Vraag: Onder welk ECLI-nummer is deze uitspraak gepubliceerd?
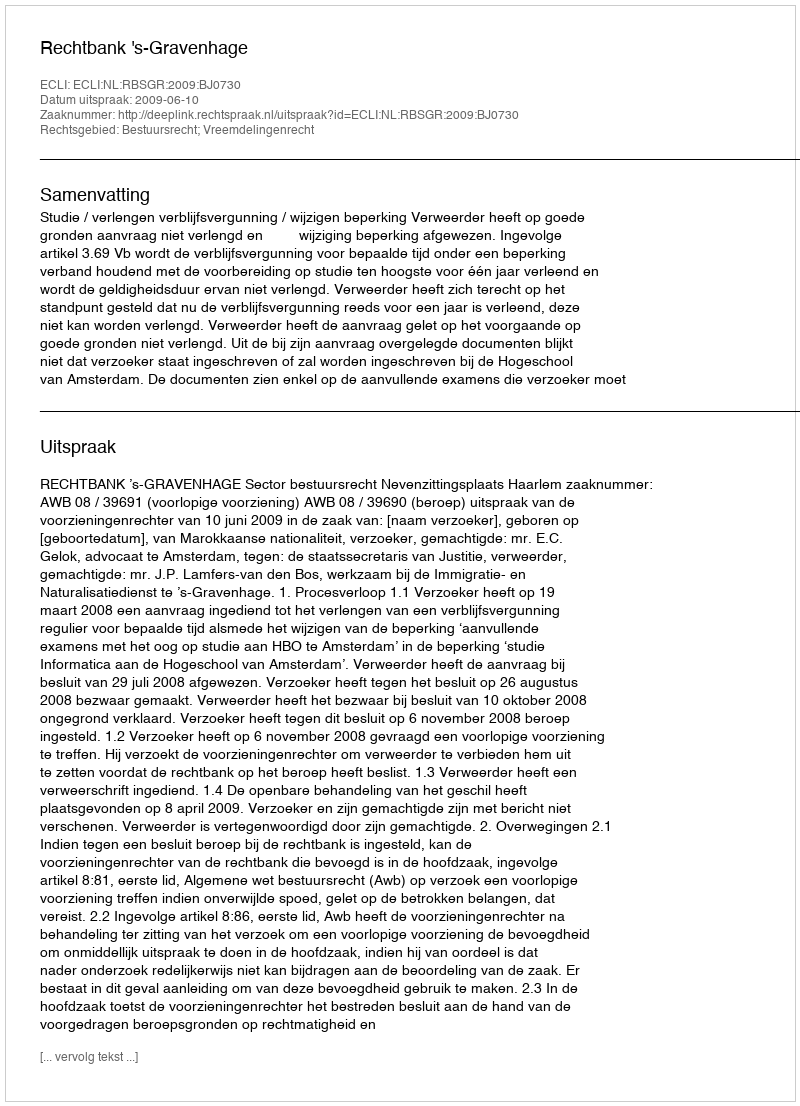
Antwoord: ECLI:NL:RBSGR:2009:BJ0730